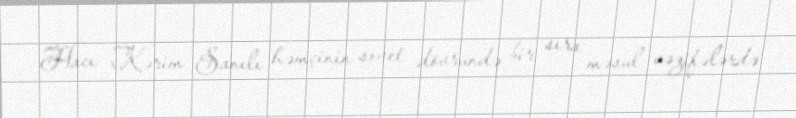
Hacı Kərim Sanılı həmçinin sovet dövründə bir sıra məsul vəzifələrdə